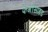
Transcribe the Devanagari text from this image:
फंगीसाइड